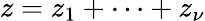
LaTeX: z=z_{1}+\dots+z_{\nu}